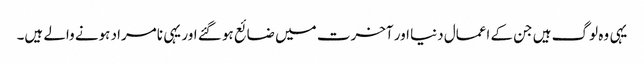
یہی وہ لوگ ہیں جن کے اعمال دنیا اور آخرت میں ضائع ہو گئے اور یہی نامراد ہونے والے ہیں۔